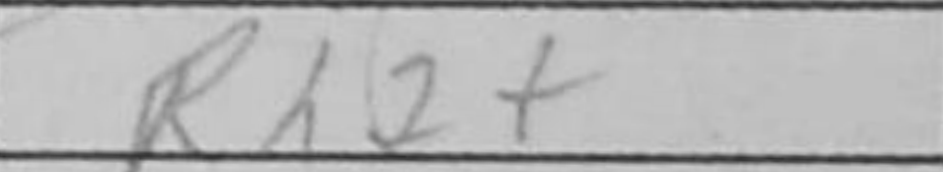
Transcription: Rh2+